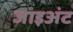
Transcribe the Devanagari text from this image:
जाइअंट